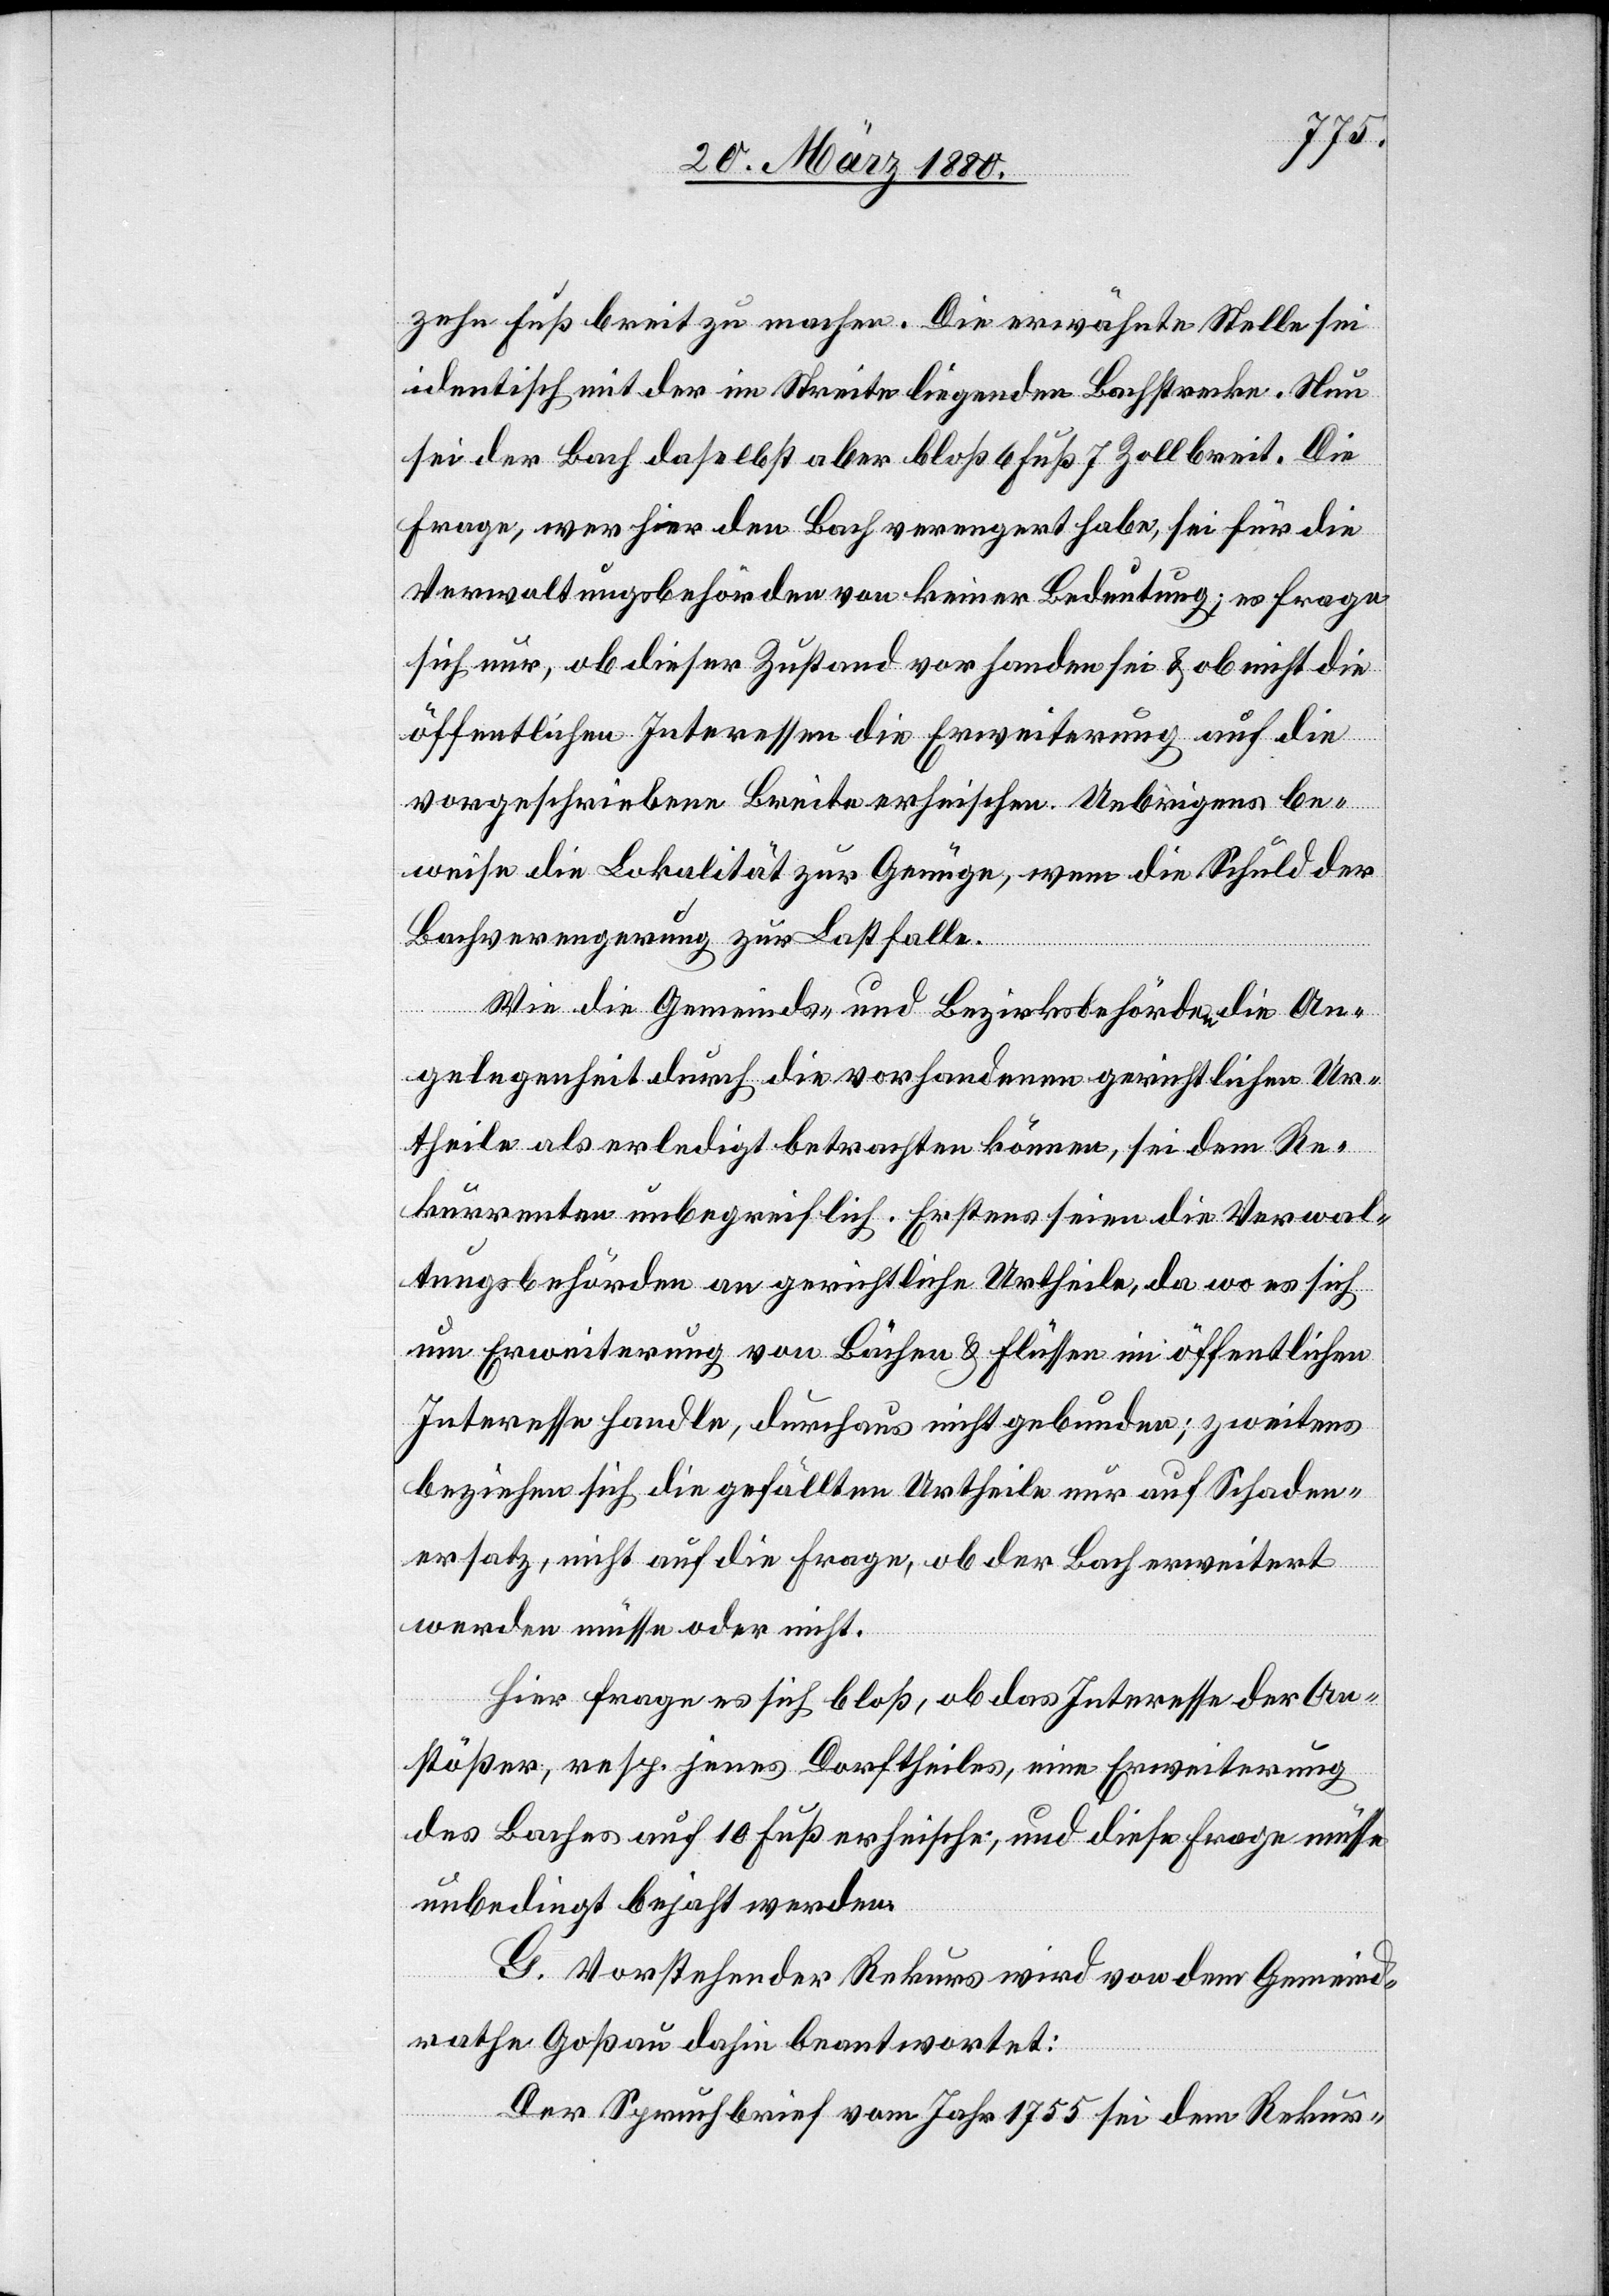
zehn Fuß breit zu machen. Die erwähnte Stelle sei
identisch mit der im Streite liegenden Bachstrecke. Nun
sei der Bach daselbst aber bloß 6 Fuß 7 Zoll breit. Die
Frage, wer hier den Bach verengert habe, sei für die
Verwaltungsbehörden von keiner Bedeutung; es frage
sich nur, ob dieser Zustand vorhanden sei & ob nicht die
öffentlichen Interessen die Erweiterung auf die
vorgeschriebene Breite erheischen. Uebrigens be¬
weise die Lokalität zur Genüge, wem die Schuld der
Bachverengerung zur Last falle.
Wie die Gemeinds- und Bezirksbehörde die An¬
gelegenheit durch die vorhandenen gerichtlichen Ur¬
theile als erledigt betrachten können, sei dem Re¬
kurrenten unbegreiflich. Erstens seien die Verwal¬
tungsbehörden an gerichtliche Urtheile, da wo es sich
um Erweiterung von Bächen & Flüssen im öffentlichen
Interesse handle, durchaus nicht gebunden; zweitens
beziehen sich die gefällten Urtheile nur auf Schaden¬
ersatz, nicht auf die Frage, ob der Bach erweitert
werden müsse oder nicht.
Hier frage es sich bloß, ob das Interesse der An¬
stößer, resp. jenes Dorftheiles, eine Erweiterung
des Baches auf 10 Fuß erheische, und diese Frage müsse
unbedingt bejaht werden.
G. Vorstehender Rekurs wird von dem Gemeind¬
rathe Goßau dahin beantwortet:
Der Spruchbrief vom Jahr 1755 sei dem Rekur-